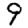
Digit: 9